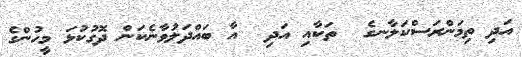
އަދި ތިމަންރަސްކަލާނގެ  ތަކާއި އަދި  އާ ބައްދަލުވާނެކަން ދޮގުކުޅަ މީހުންގެ